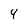
Character: 4